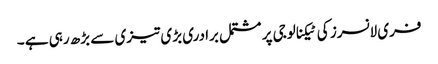
فری لانسرز کی ٹیکنالوجی پر مشتمل برادری بڑی تیزی سے بڑھ رہی ہے ۔